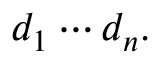
d _ { 1 } \cdots d _ { n } .